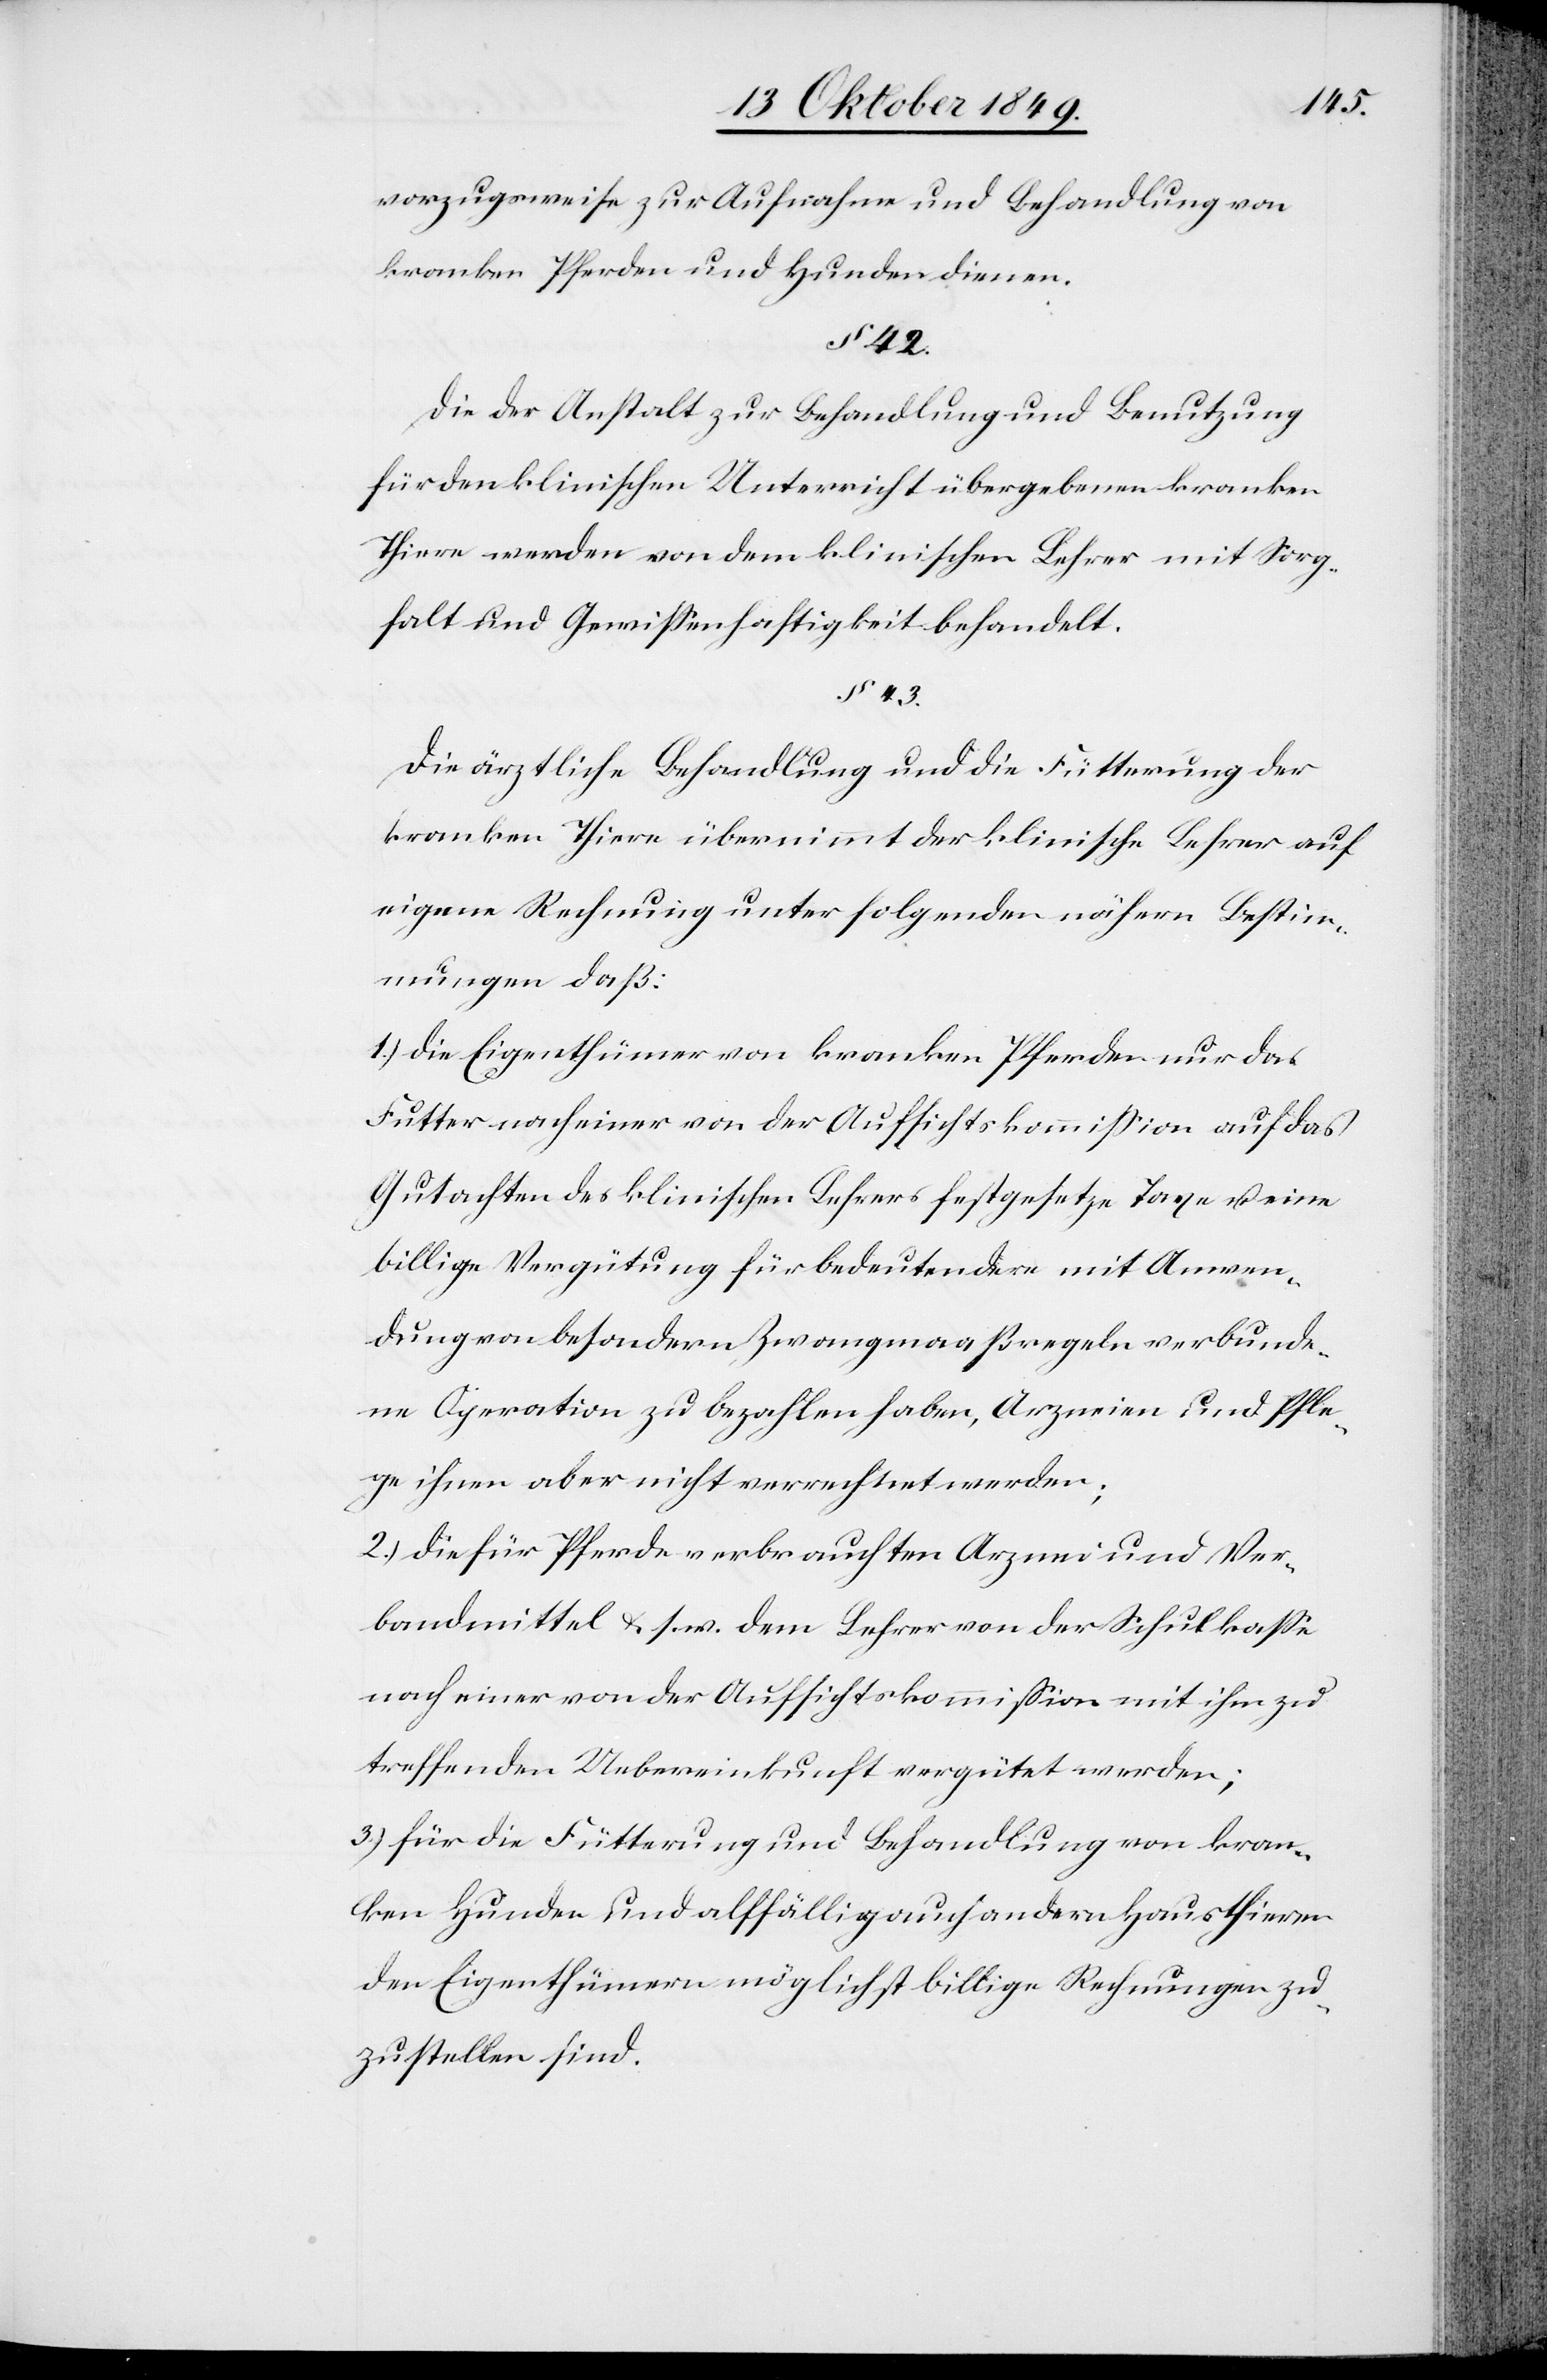
vorzugsweise zur Aufnahme und Behandlung von
kranken Pferden und Hunden dienen.
§ 43.
Die der Anstalt zur Behandlung und Benutzung
für ordentlichen Unterricht übergebenen kranken
Thiere werden von dem klinischen Lehrer mit Sorg¬
falt und Gewißenhaftigkeit behandelt.
Die ärztliche Behandlung und die Fütterung der
kranken Thiere übernimmt der klinische Lehrer auf
eigene Rechnung unter folgenden nähern Bestim¬
mungen daß:
1.) die Eigenthümer von kranken Pferden nur das
Futter nach einer von der Aufsichtskommißion auf das
Gutachten des klinischen Lehrers festgesetzte Taxe u. eine
billige Vergütung für bedeutendere mit Anwen¬
dungen besondern Zwangsmaaßregeln verbunde¬
ne Operation zu bezahlen haben, Arzneien und Pfle¬
ge ihnen aber nicht verrechnet werden;
2.) die für Pferde verbrauchten Arznei und Ver¬
bandmittel u. s. w. dem Lehrer von der Schulkaße
nach einer von der Aufsichtskommißion mit ihm zu
treffenden Uebereinkunft vergütet werden;
3.) für die Fütterung und Behandlung von kran¬
ken Hunden und allfällig auch andern Hausthieren
den Eigenthümern möglichst billige Rechnungen zu¬
zustellen sind.